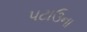
પટાઉના